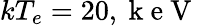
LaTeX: kT_{e}=20,\mathrm{~k~e~V~}